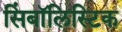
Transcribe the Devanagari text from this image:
सिंबॉलिस्टिक